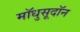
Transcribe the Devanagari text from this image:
मॉधुसूदॉन